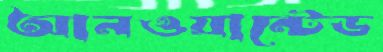
আনওয়ান্টেড